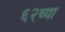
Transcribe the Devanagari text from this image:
६२च्या